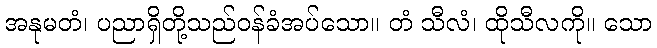
အနုမတံ၊ ပညာရှိတို့သည်ဝန်ခံအပ်သော။ တံ သီလံ၊ ထိုသီလကို။ သော